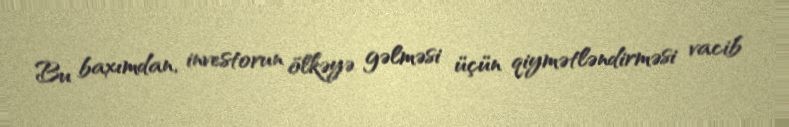
Bu baxımdan, investorun ölkəyə gəlməsi üçün qiymətləndirməsi vacib